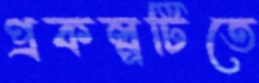
প্রকল্পটিতে